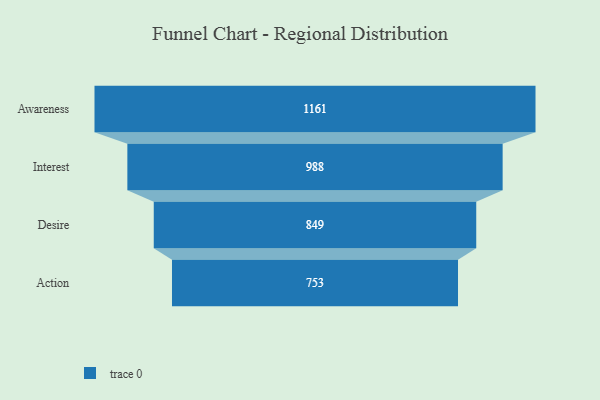
{"axis": {"x": "Stage", "y": "Value"}, "legend": [""], "data": [{"x": "Awareness", "y": 1161.0, "type": ""}, {"x": "Interest", "y": 988.0, "type": ""}, {"x": "Desire", "y": 849.0, "type": ""}, {"x": "Action", "y": 753.0, "type": ""}]}